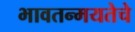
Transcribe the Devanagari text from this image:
भावतन्मयतेचे